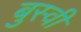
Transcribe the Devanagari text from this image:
बुस्वी